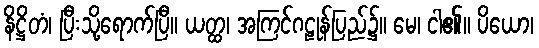
နိဋ္ဌိတံ၊ ပြီးသို့ရောက်ပြီ။ ယတ္ထ၊ အကြင်ဂဠုန်ပြည်၌။ မေ၊ ငါ၏။ ပိယော၊